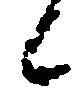
候